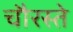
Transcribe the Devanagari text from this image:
चौरस्ते